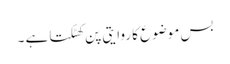
بس موضوع کا روایتی پن کھٹکتا ہے ۔